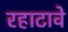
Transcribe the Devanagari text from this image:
रहाटावे